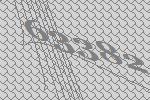
63382